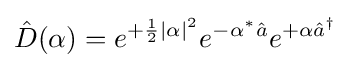
{\hat {D}}(\alpha )=e^{+{\frac {1}{2}}|\alpha |^{2}}e^{-\alpha ^{*}{\hat {a}}}e^{+\alpha {\hat {a}}^{\dagger }}